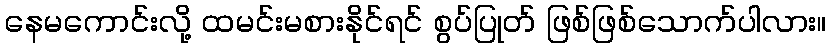
နေမကောင်းလို့ ထမင်းမစားနိုင်ရင် စွပ်ပြုတ် ဖြစ်ဖြစ်သောက်ပါလား။